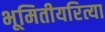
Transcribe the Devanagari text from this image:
भूमितीयरित्या